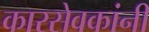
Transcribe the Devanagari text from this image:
कारसेवकांनी